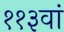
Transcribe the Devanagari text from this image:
११३वां